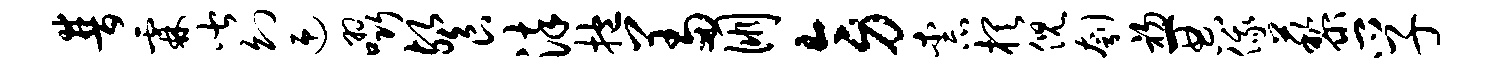
普霖皆幻迎啜餐染抱羞朋旁柰棋倪刳初一典俄藜孚